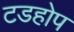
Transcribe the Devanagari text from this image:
टडहोप